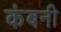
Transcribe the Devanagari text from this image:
कंबनी